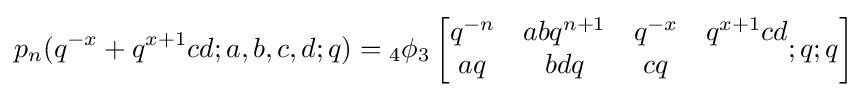
p_{n}(q^{-x}+q^{x+1}cd;a,b,c,d;q)={}_{4}\phi _{3}\left[{\begin{matrix}q^{-n}&abq^{n+1}&q^{-x}&q^{x+1}cd\\aq&bdq&cq\\\end{matrix}};q;q\right]